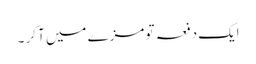
ایک دفعہ تو مزے میں آ کر ۔